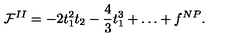
{ \cal F } ^ { I I } = - 2 t _ { 1 } ^ { 2 } t _ { 2 } - \frac { 4 } { 3 } t _ { 1 } ^ { 3 } + \dots + f ^ { N P } .